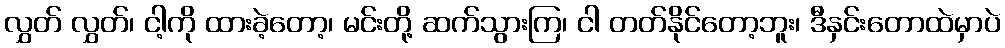
လွှတ် လွှတ်၊ ငါ့ကို ထားခဲ့တော့၊ မင်းတို့ ဆက်သွားကြ၊ ငါ တတ်နိုင်တော့ဘူး၊ ဒီနှင်းတောထဲမှာပဲ